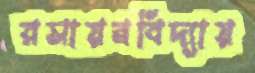
রসায়নবিদ্যায়